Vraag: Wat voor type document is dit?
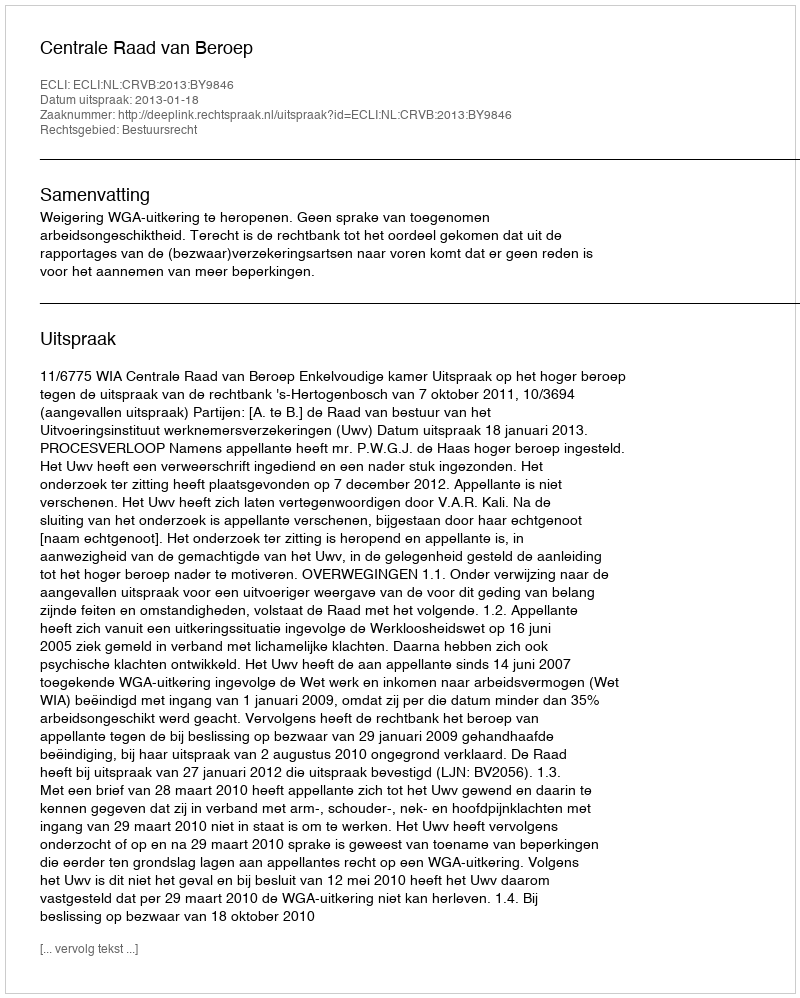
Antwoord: Uitspraak